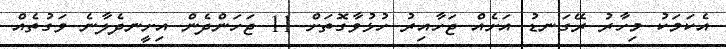
އެކަމަކު މިހާރު ރޭގަނޑު އަށެއް ޖަހާއިރު ހުޅުވާގޮތަށް 11 ޖަހަންދެން އިށީނދެލާނެ ވަގުތެއް